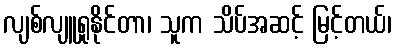
လျစ်လျူရှုနိုင်တာ၊ သူက သိပ်အဆင့် မြင့်တယ်၊